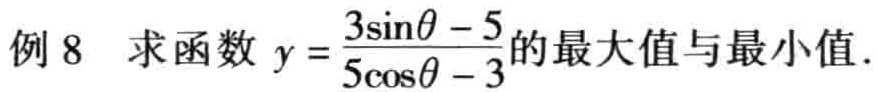
例8 求函数 \(y = \frac{3\sin\theta - 5}{5\cos\theta - 3}\)的最大值与最小值.